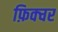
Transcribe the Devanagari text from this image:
फ़िक्चर